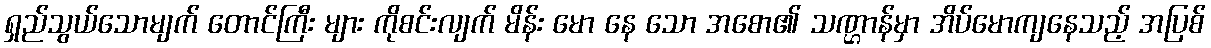
ရှည်သွယ်သောမျက် တောင်ကြီး များ ကိုစင်းလျက် မိန်း မော နေ သော အစော၏ သဏ္ဌာန်မှာ အိပ်မောကျနေသည့် အပြစ်